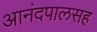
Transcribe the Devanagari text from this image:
आनंदपालसह